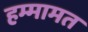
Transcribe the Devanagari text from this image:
हम्मामत